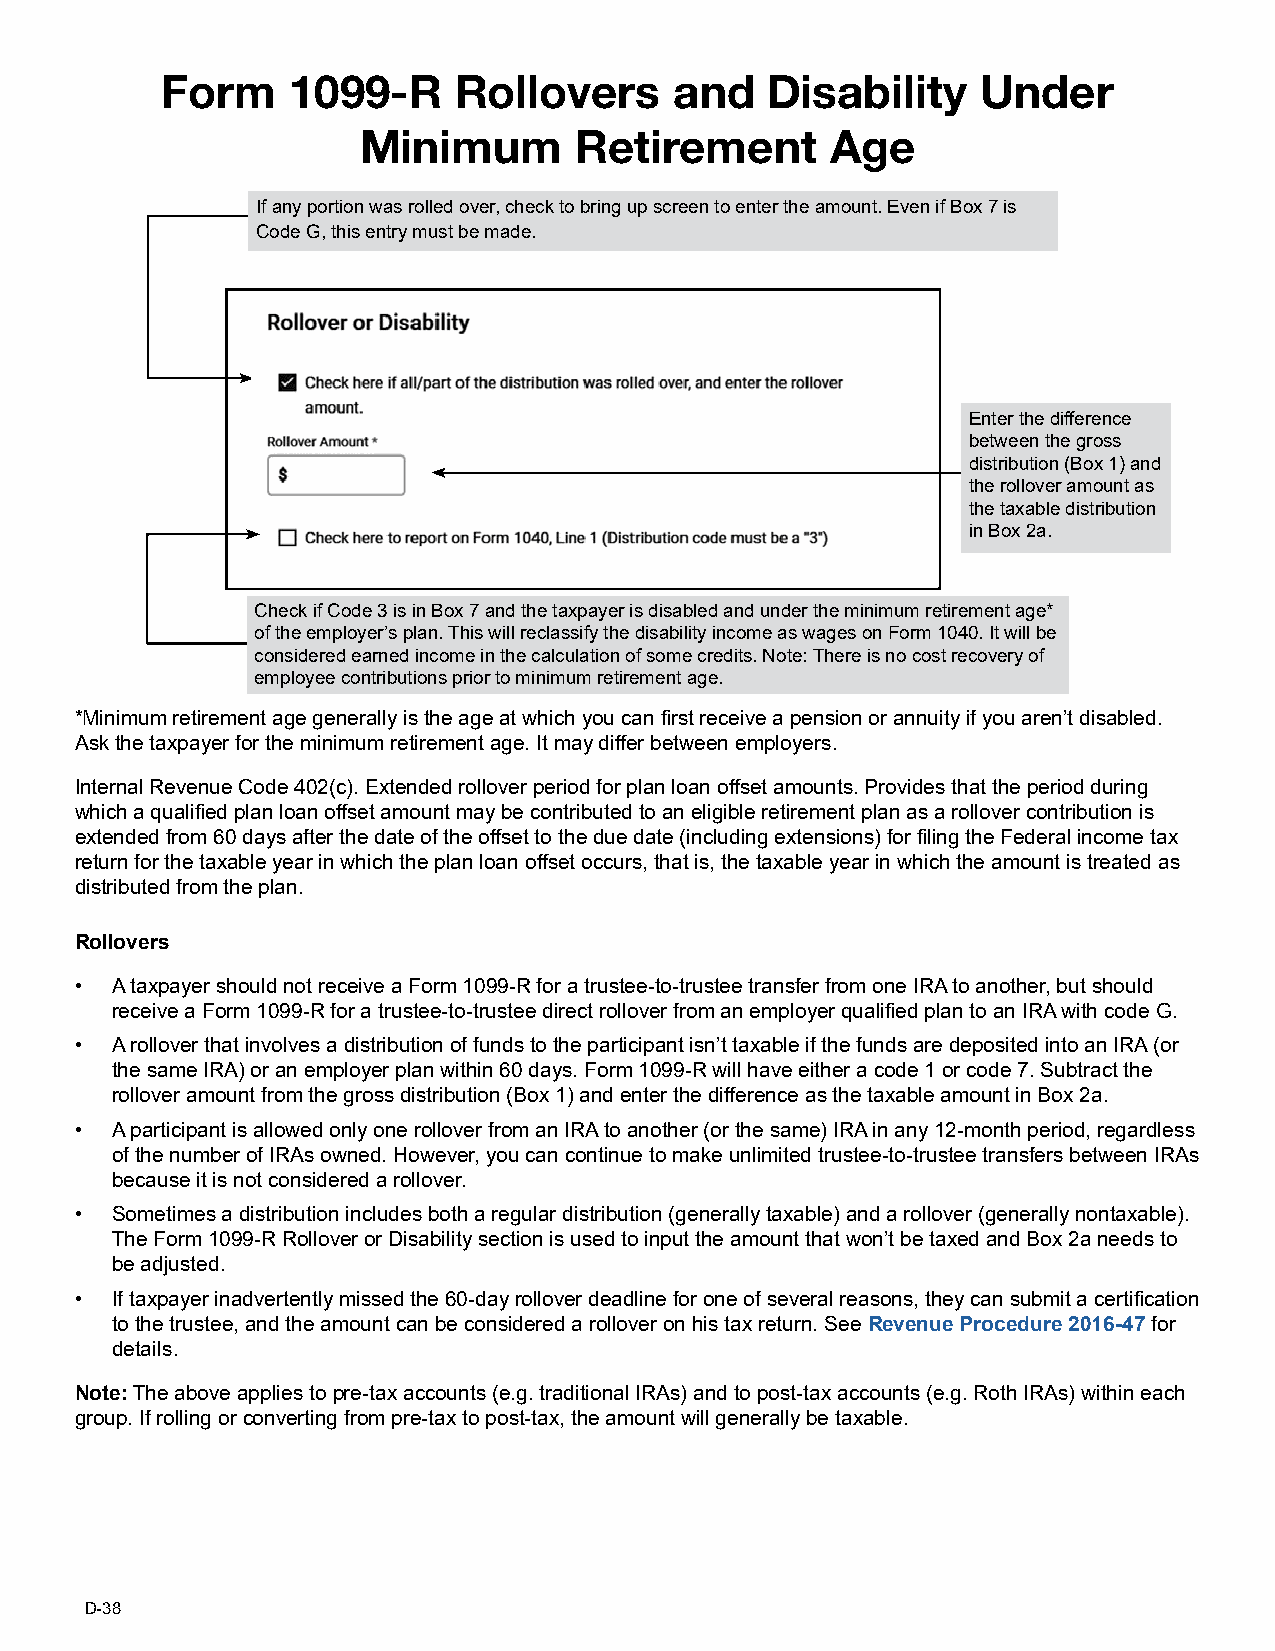
Form    1099-R     Rollovers      and   Disability    Under
 Minimum       Retirement       Age
 If any portion was rolled over, check to bring up screen to enter the amount. Even if Box 7 is
 Code G, this entry must be made.
 Enter the difference
 between the gross
 distribution (Box 1) and
 the rollover amount as
 the taxable distribution
 in Box 2a.
 Check if Code 3 is in Box 7 and the taxpayer is disabled and under the minimum retirement age*
 of the employer’s plan. This will reclassify the disability income as wages on Form 1040. It will be
 considered earned income in the calculation of some credits. Note: There is no cost recovery of
 employee contributions prior to minimum retirement age.
 *Minimum retirement age generally is the age at which you can first receive a pension or annuity if you aren’t disabled.
 Ask the taxpayer for the minimum retirement age. It may differ between employers.
 Internal Revenue Code 402(c). Extended rollover period for plan loan offset amounts. Provides that the period during
 which a qualified plan loan offset amount may be contributed to an eligible retirement plan as a rollover contribution is
 extended from 60 days after the date of the offset to the due date (including extensions) for filing the Federal income tax
 return for the taxable year in which the plan loan offset occurs, that is, the taxable year in which the amount is treated as
 distributed from the plan.
 Rollovers
 • A taxpayer should not receive a Form 1099-R for a trustee-to-trustee transfer from one IRA to another, but should
 receive a Form 1099-R for a trustee-to-trustee direct rollover from an employer qualified plan to an IRA with code G.
 • A rollover that involves a distribution of funds to the participant isn’t taxable if the funds are deposited into an IRA (or
 the same IRA) or an employer plan within 60 days. Form 1099-R will have either a code 1 or code 7. Subtract the
 rollover amount from the gross distribution (Box 1) and enter the difference as the taxable amount in Box 2a.
 • A participant is allowed only one rollover from an IRA to another (or the same) IRA in any 12-month period, regardless
 of the number of IRAs owned. However, you can continue to make unlimited trustee-to-trustee transfers between IRAs
 because it is not considered a rollover.
 • Sometimes a distribution includes both a regular distribution (generally taxable) and a rollover (generally nontaxable).
 The Form 1099-R Rollover or Disability section is used to input the amount that won’t be taxed and Box 2a needs to
 be adjusted.
 • If taxpayer inadvertently missed the 60-day rollover deadline for one of several reasons, they can submit a certification
 to the trustee, and the amount can be considered a rollover on his tax return. See Revenue Procedure 2016-47 for
 details.
 Note: The above applies to pre-tax accounts (e.g. traditional IRAs) and to post-tax accounts (e.g. Roth IRAs) within each
 group. If rolling or converting from pre-tax to post-tax, the amount will generally be taxable.
 D-38